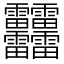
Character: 䨻